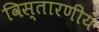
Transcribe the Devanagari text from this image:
विस्तारणीय